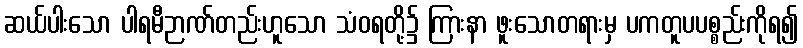
ဆယ်ပါးသော ပါရမီဉာဏ်တည်းဟူသော သံဝရတို့၌ ကြားနာ ဖူးသောတရားမှ ပကတူပပစ္စည်းကိုရ၍